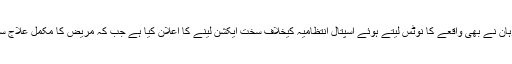
ادھر مدھیہ پردیش کے وزیر اعلیٰ شوراج سنگھ چوہان نے بھی واقعے کا نوٹس لیتے ہوئے اسپتال انتظامیہ کیخلاف سخت ایکشن لینے کا اعلان کیا ہے جب کہ مریض کا مکمل علاج سرکاری اسپتال میں کرانے کی بھی پیشکش کی ہے۔